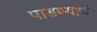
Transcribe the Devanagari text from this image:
पाडण्याचं